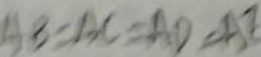
A B = A C = A D = A E